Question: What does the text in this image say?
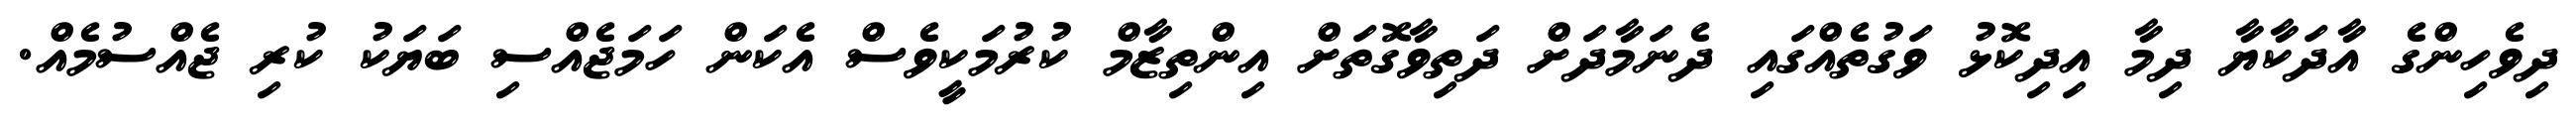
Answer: ދިވެހިންގެ އާދަކާޔާ ދިމާ އިދިކޮޅު ވަގުތެއްގައި ދެނަމާދަށް ދަތިވާގޮތަށް އިންތިޒާމް ކުރުމަކީވެސް އެކަން ހަމަޖެއްސި ބަޔަކު ކުރި ޖެއްސުމެއް.